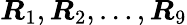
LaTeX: \boldsymbol{R}_{1},\boldsymbol{R}_{2},\dots,\boldsymbol{R}_{9}